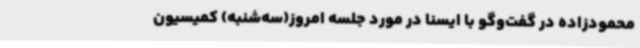
محمودزاده در گفت‌وگو با ایسنا در مورد جلسه امروز(سه‌شنبه) کمیسیون